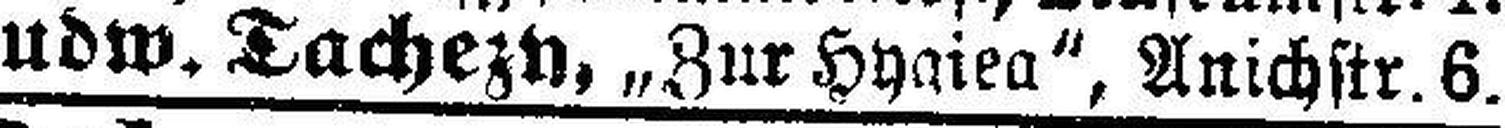
Ludw. Tachezy, „Zur Hygiea“, Anichstr. 6.